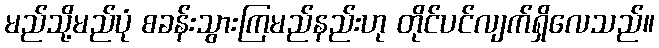
မည်သို့မည်ပုံ စခန်းသွားကြမည်နည်းဟု တိုင်ပင်လျက်ရှိလေသည်။